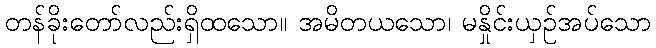
တန်ခိုးတော်လည်းရှိထသော။ အမိတယသော၊ မနှိုင်းယှဉ်အပ်သော